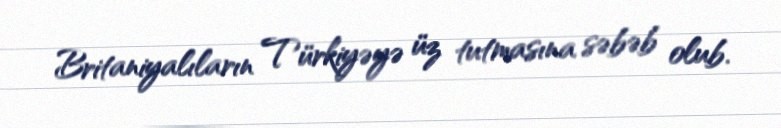
Britaniyalıların Türkiyəyə üz tutmasına səbəb olub.